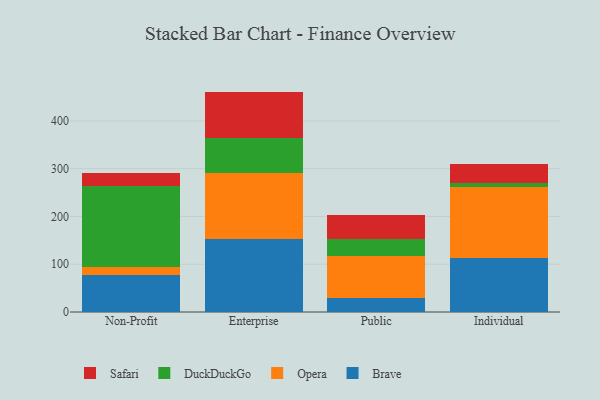
{"axis": {"x": "Segment", "y": "Website Visitors"}, "legend": ["Brave", "DuckDuckGo", "Opera", "Safari"], "data": [{"x": "Non-Profit", "y": 78.3, "type": "Brave"}, {"x": "Non-Profit", "y": 16.1, "type": "Opera"}, {"x": "Non-Profit", "y": 168.5, "type": "DuckDuckGo"}, {"x": "Non-Profit", "y": 28.7, "type": "Safari"}, {"x": "Enterprise", "y": 152.8, "type": "Brave"}, {"x": "Enterprise", "y": 138.0, "type": "Opera"}, {"x": "Enterprise", "y": 73.4, "type": "DuckDuckGo"}, {"x": "Enterprise", "y": 97.1, "type": "Safari"}, {"x": "Public", "y": 29.0, "type": "Brave"}, {"x": "Public", "y": 87.6, "type": "Opera"}, {"x": "Public", "y": 35.3, "type": "DuckDuckGo"}, {"x": "Public", "y": 52.1, "type": "Safari"}, {"x": "Individual", "y": 113.7, "type": "Brave"}, {"x": "Individual", "y": 147.4, "type": "Opera"}, {"x": "Individual", "y": 9.0, "type": "DuckDuckGo"}, {"x": "Individual", "y": 40.2, "type": "Safari"}]}